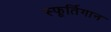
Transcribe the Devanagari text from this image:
स्फूर्तिगान